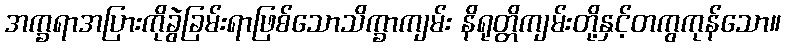
အက္ခရာအပြားကိုခွဲခြမ်းရာဖြစ်သောသိက္ခာကျမ်း နိရုတ္တိကျမ်းတို့နှင့်တကွကုန်သော။